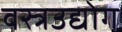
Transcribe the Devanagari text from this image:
वस्त्रउद्योग